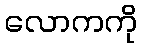
လောကကို